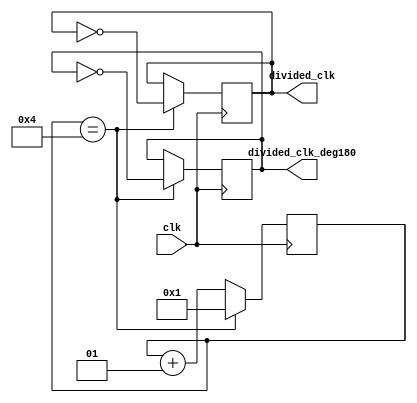
//leo-Ne
module clock_divider(
input wire clk,          
output reg divided_clk=0,  // 1Hz => 0.5s on and 0.5s off\
output reg divided_clk_deg180=1
);
        
parameter div_value   = 4;
integer counter_value = 1;

always@ (posedge clk) begin
    // keep counting until div_value
    if(counter_value == div_value)
        counter_value <= 1;                     // reset value
    else
        counter_value <= counter_value + 1;     // count up
end

always@ (posedge clk) begin
    if(counter_value == div_value) begin
        divided_clk <= ~divided_clk;    
		divided_clk_deg180 <= ~divided_clk_deg180;        
	end
    else begin
        divided_clk <= divided_clk;    
		divided_clk_deg180 <= divided_clk_deg180;        
	end
end
endmodule